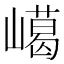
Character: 嶱